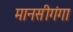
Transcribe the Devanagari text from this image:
मानसीगंगा